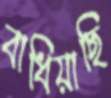
বাধিয়াছি